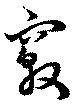
竅